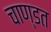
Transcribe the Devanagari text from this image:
चाण्डत